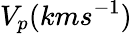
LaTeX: V_{p}(kms^{-1})